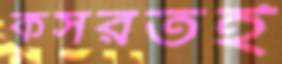
কসরতই